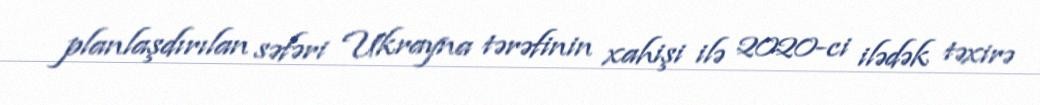
planlaşdırılan səfəri Ukrayna tərəfinin xahişi ilə 2020-ci ilədək təxirə